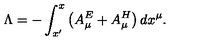
\ \Lambda = - \int _ { x ^ { \prime } } ^ { x } \left( A _ { \mu } ^ { E } + A _ { \mu } ^ { H } \right) d x ^ { \mu } .